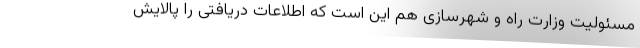
مسئولیت وزارت راه و شهرسازی هم این است که اطلاعات دریافتی را پالایش